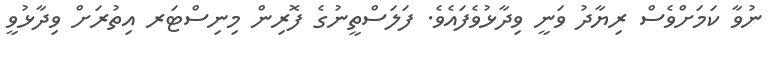
ނުވާ ކަމަށްވެސް ރިޔާދު ވަނީ ވިދާޅުވެފައެވެ. ފަލަސްތީނުގެ ފޮރިން މިނިސްޓަރ އިތުރަށް ވިދާޅުވީ